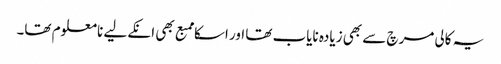
یہ کالی مرچ سے بھی زیادہ نایاب تھا اور اسکا ممبع بھی انکےلیے نامعلوم تھا۔